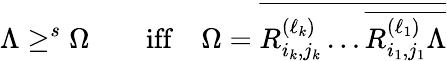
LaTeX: \Lambda\geq^{s}\Omega\qquad\mathrm{iff}\quad\Omega=\overline{{{R_{i_{k},j_{k}}^{(\ell_{k})}\dots\overline{{{R_{i_{1},j_{1}}^{(\ell_{1})}\Lambda}}}}}}